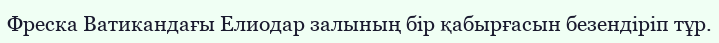
Фреска Ватикандағы Елиодар залының бір қабырғасын безендіріп тұр.